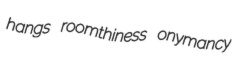
hangs roomthiness onymancy